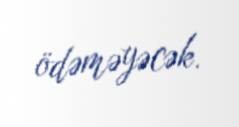
ödəməyəcək.